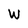
Character: W